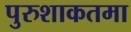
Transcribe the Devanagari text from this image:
पुरुशाकतमा